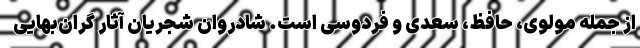
از جمله مولوی، حافظ، سعدی و فردوسی است. شادروان شجریان آثار گران‌بهایی